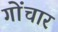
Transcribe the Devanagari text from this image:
गोंचार